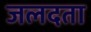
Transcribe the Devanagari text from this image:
जलदता